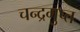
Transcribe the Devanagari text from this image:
चन्‍द्रगुप्‍त